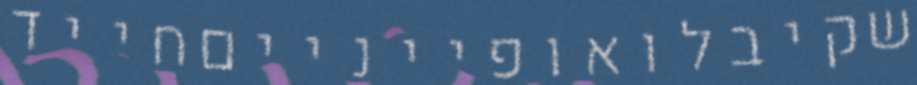
שקיבלואופיינייםחייד